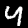
Label: 4